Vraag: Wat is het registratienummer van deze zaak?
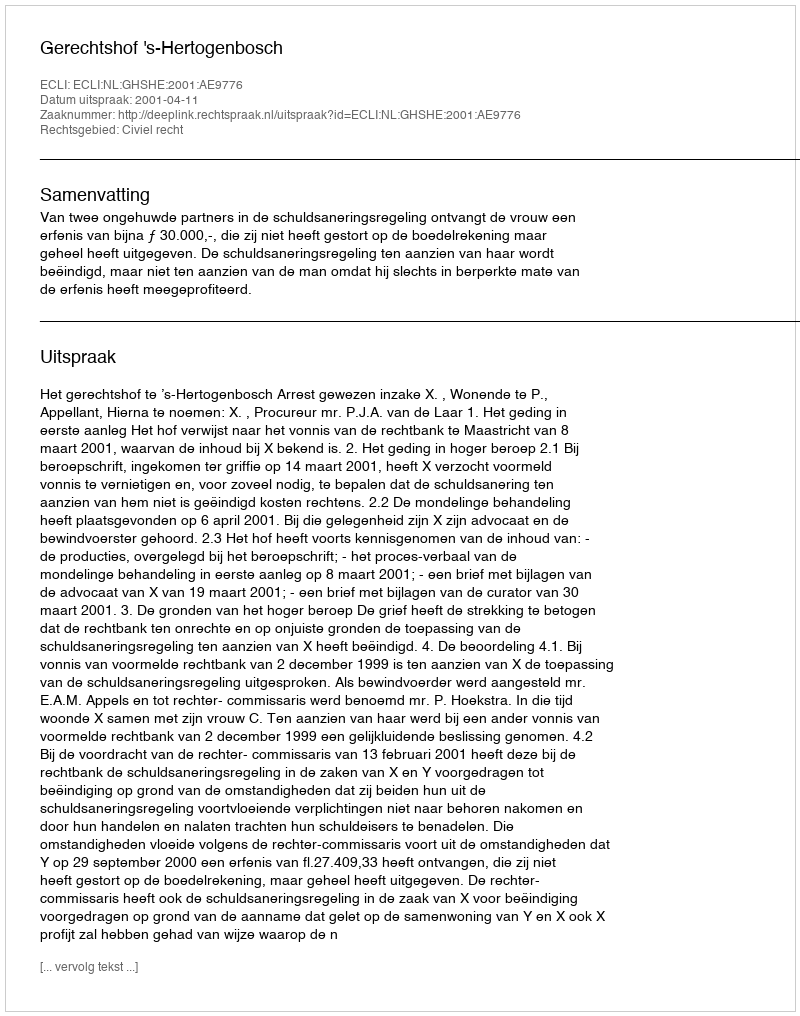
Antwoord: http://deeplink.rechtspraak.nl/uitspraak?id=ECLI:NL:GHSHE:2001:AE9776